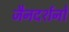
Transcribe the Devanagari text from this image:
जैनदर्शनों